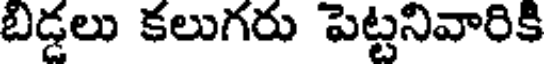
బిడ్డలు కలుగరు పెట్టనివారికి